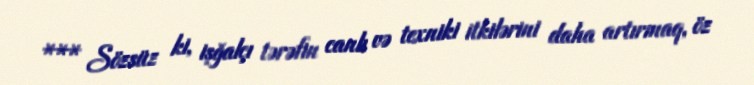
*** Sözsüz ki, işğalçı tərəfin canlı və texniki itkilərini daha artırmaq, öz